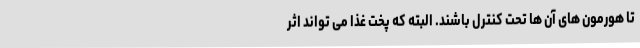
تا هورمون های آن ها تحت کنترل باشند. البته که پخت غذا می تواند اثر